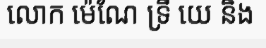
លោក ម៉េណែ ទ្រី យេ និង